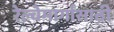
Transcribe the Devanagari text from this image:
रेल्वेमार्गांसाठी